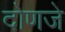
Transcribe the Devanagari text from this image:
दोणजे